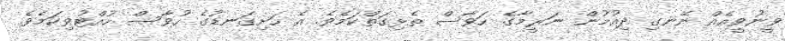
ވީނުވީއެއް ނޭނގި ދިއުމުން ނަރީމާގެ ހަވާސް ތެޅިގަތްކަމެވެ. އެ ހަށިގަނޑުގެ ހުވާސް ހުއްޓުވިކަމެވެ.